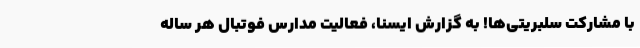
با مشارکت سلبریتی‌ها! به گزارش ایسنا، فعالیت مدارس فوتبال هر ساله